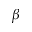
\beta